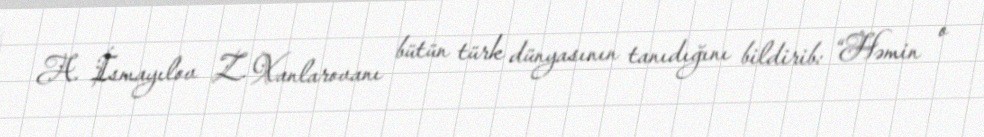
A. İsmayılov Z. Xanlarovanı bütün türk dünyasının tanıdığını bildirib: “Həmin o